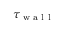
\tau _ { \textrm { w a l l } }